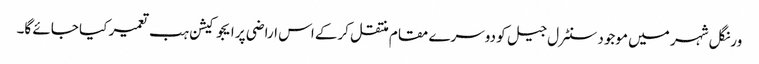
ورنگل شہر میں موجود سنٹرل جیل کو دوسرے مقام منتقل کرکے اس اراضی پر ایجوکیشن ہب تعمیر کیا جائے گا۔